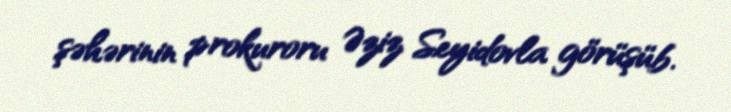
şəhərinin prokuroru Əziz Seyidovla görüşüb.